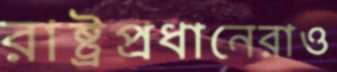
রাষ্ট্রপ্রধানেরাও